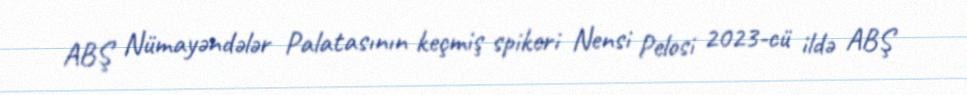
ABŞ Nümayəndələr Palatasının keçmiş spikeri Nensi Pelosi 2023-cü ildə ABŞ